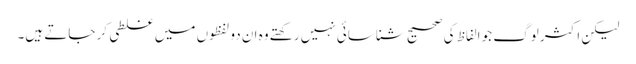
لیکن اکثر لوگ جو الفاظ کی صحیح شناسائی نہیں رکھتے وہ ان دو لفظوں میں غلطی کر جاتے ہیں۔